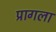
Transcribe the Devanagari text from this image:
प्रागला